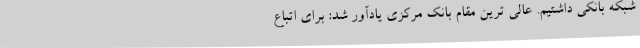
شبکه بانکی داشتیم. عالی ترین مقام بانک مرکزی یادآور شد: برای اتباع